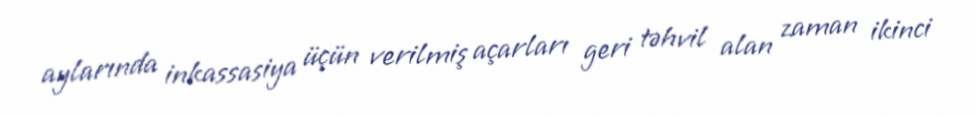
aylarında inkassasiya üçün verilmiş açarları geri təhvil alan zaman ikinci